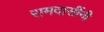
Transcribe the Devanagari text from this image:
रामदासींनी